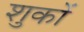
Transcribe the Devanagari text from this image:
शुकों